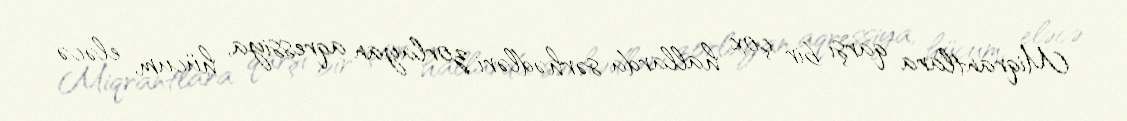
Miqrantlara qarşı bir çox hallarda sərhədləri zorlayan aqressiya, hücum, eləcə